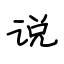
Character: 说